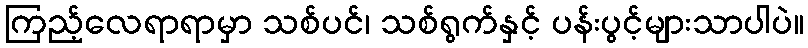
ကြည့်လေရာရာမှာ သစ်ပင်၊ သစ်ရွက်နှင့် ပန်းပွင့်များသာပါပဲ။